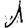
Digit: 1